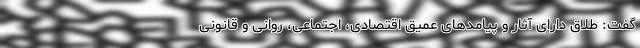
گفت: طلاق دارای آثار و پیامد‌های عمیق اقتصادی، اجتماعی، روانی و قانونی